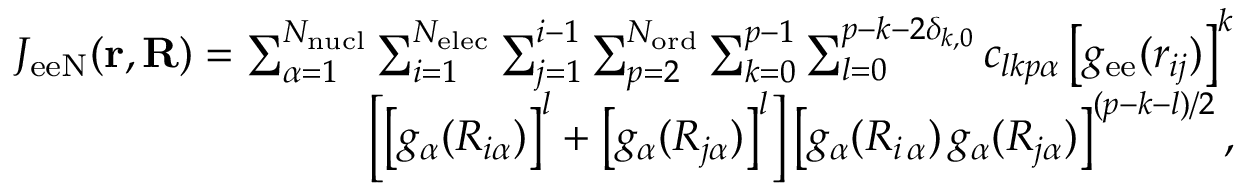
\begin{array} { r } { J _ { \mathrm { e e N } } ( \mathbf { r } , \mathbf { R } ) = \sum _ { \alpha = 1 } ^ { N _ { \mathrm { n u c l } } } \sum _ { i = 1 } ^ { N _ { \mathrm { e l e c } } } \sum _ { j = 1 } ^ { i - 1 } \sum _ { p = 2 } ^ { N _ { \mathrm { o r d } } } \sum _ { k = 0 } ^ { p - 1 } \sum _ { l = 0 } ^ { p - k - 2 \delta _ { k , 0 } } c _ { l k p \alpha } \left[ g _ { \mathrm { e e } } ( { r } _ { i j } ) \right] ^ { k } } \\ { \left[ \left[ g _ { \alpha } ( { R } _ { i \alpha } ) \right] ^ { l } + \left[ g _ { \alpha } ( { R } _ { j \alpha } ) \right] ^ { l } \right] \left[ g _ { \alpha } ( { R } _ { i \, \alpha } ) \, g _ { \alpha } ( { R } _ { j \alpha } ) \right] ^ { ( p - k - l ) / 2 } , } \end{array}